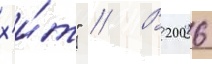
х'и́т" // В 2006